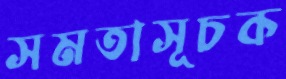
সমতাসূচক